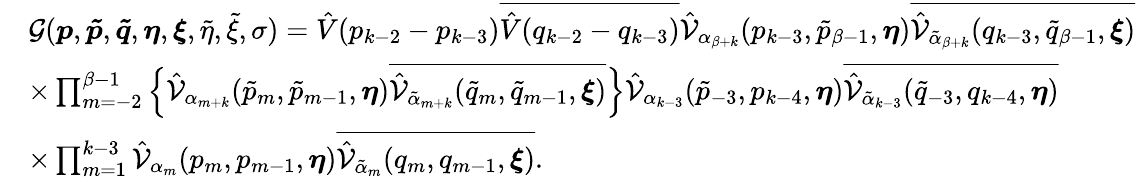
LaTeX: \begin{array}{rl}&{\mathcal{G}(\boldsymbol{p},\boldsymbol{\tilde{p}},\boldsymbol{\tilde{q}},\boldsymbol{\eta},\boldsymbol{\xi},\tilde{\eta},\tilde{\xi},\sigma)=\hat{V}(p_{k-2}-p_{k-3})\overline{{\hat{V}(q_{k-2}-q_{k-3})}}\hat{\mathcal{V}}_{\alpha_{\beta+k}}(p_{k-3},\tilde{p}_{\beta-1},\boldsymbol{\eta})\overline{{\hat{\mathcal{V}}_{\tilde{\alpha}_{\beta+k}}(q_{k-3},\tilde{q}_{\beta-1},\boldsymbol{\xi})}}}\\ &{\times\prod_{m=-2}^{\beta-1}\Big\{ \hat{\mathcal{V}}_{\alpha_{m+k}}(\tilde{p}_{m},\tilde{p}_{m-1},\boldsymbol{\eta})\overline{{\hat{\mathcal{V}}_{\tilde{\alpha}_{m+k}}(\tilde{q}_{m},\tilde{q}_{m-1},\boldsymbol{\xi})}}\Big\} \hat{\mathcal{V}}_{\alpha_{k-3}}(\tilde{p}_{-3},p_{k-4},\boldsymbol{\eta})\overline{{\hat{\mathcal{V}}_{\tilde{\alpha}_{k-3}}(\tilde{q}_{-3},q_{k-4},\boldsymbol{\eta})}}}\\ &{\times\prod_{m=1}^{k-3}\hat{\mathcal{V}}_{\alpha_{m}}(p_{m},p_{m-1},\boldsymbol{\eta})\overline{{\hat{\mathcal{V}}_{\tilde{\alpha}_{m}}(q_{m},q_{m-1},\boldsymbol{\xi})}}.}\end{array}